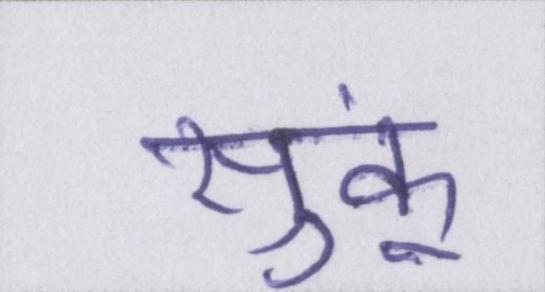
सुकूं